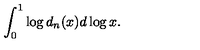
\int _ { 0 } ^ { 1 } \log d _ { n } ( x ) d \log x .